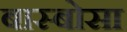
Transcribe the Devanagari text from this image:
बास्बोसा